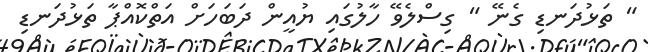
" ތަޅުދަނޑި ގެނޭ " ގިސްލެވޭ ހާލުގައި ޔުއީން ދަބަހަށް އަތްކޮއްޕާ ތަޅުދަނޑި